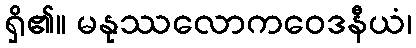
ရှိ၏။ မနုဿလောကဝေဒနီယံ၊